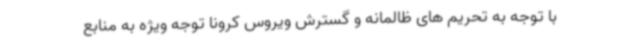
با توجه به تحریم های ظالمانه و گسترش ویروس کرونا توجه ویژه به منابع